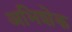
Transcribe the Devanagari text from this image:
अभिशेक